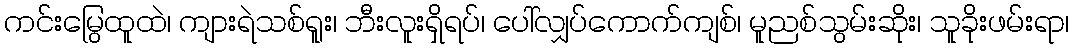
ကင်းမြွေထူထဲ၊ ကျားရဲသစ်ရူး၊ ဘီးလူးရှိရပ်၊ ပေါ်လျှပ်ကောက်ကျစ်၊ မူညစ်သွမ်းဆိုး၊ သူခိုးဖမ်းရာ၊